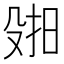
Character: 𫽑